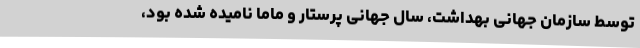
توسط سازمان جهانی بهداشت، سال جهانی پرستار و ماما نامیده شده بود،